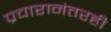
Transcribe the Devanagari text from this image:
प्रचारानंतरही